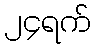
၂၄ရက်